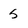
Character: 5